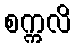
စက္ကလိ